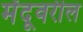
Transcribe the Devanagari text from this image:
मेंदूवरील